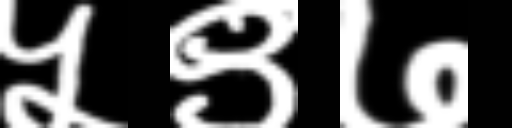
Text: ५९७